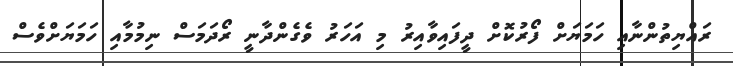
ރައްޔިތުންނާއި ހަމަޔަށް ފޯރުކޮށް ދީފައިވާއިރު މި އަހަރު ވެގެންދާނީ ރޯދަމަސް ނިމުމާއި ހަމަޔަށްވެސް